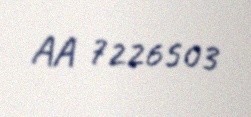
AA 7226503